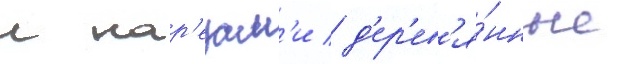
с нар'езам'и / д'ер'ев'я́нные